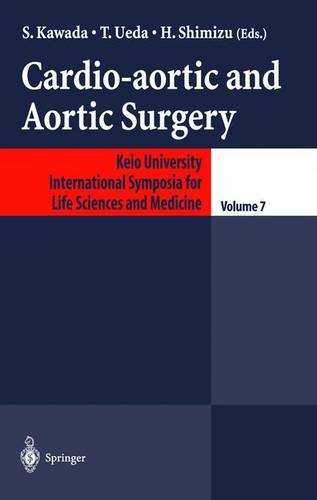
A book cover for Cardio-Aortic and Aortic Surgery (Keio University International Symposia for Life Sciences and Medicine, No. 7); Health, Fitness & Dieting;